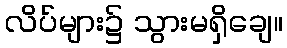
လိပ်များ၌ သွားမရှိချေ။